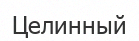
Целинный